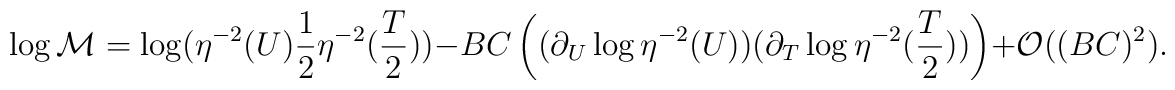
\log {\cal M}=\log(\eta^{-2}(U) \frac{1}{2} \eta^{-2}(\frac{T}{2}))-BC \left( (\partial_U \log \eta^{-2}(U))( \partial_T \log  \eta^{-2} (\frac{T}{2})) \right)+ {\cal O}((BC)^2).